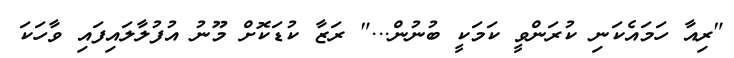
"ރިއާ ހަމައެކަނި ކުރަންވީ ކަމަކީ ބުނުން..." ރަޒާ ކުޑަކޮށް މޫނު އުފުލާލައިފައި ވާހަކަ